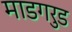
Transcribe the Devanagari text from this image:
माडगरुड